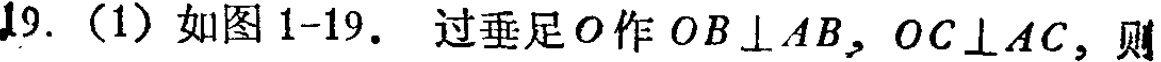
19.（1）如图1-19. 过垂足\(O\)作\(OB\perp AB\)，\(OC\perp AC\)，则